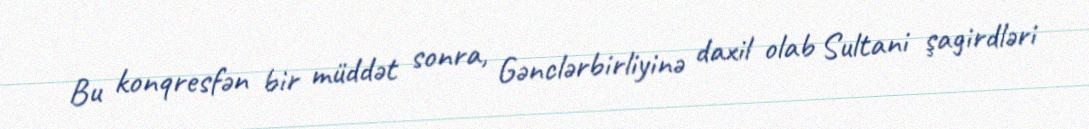
Bu konqresfən bir müddət sonra, Gənclərbirliyinə daxil olab Sultani şagirdləri